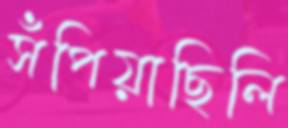
সঁপিয়াছিলি